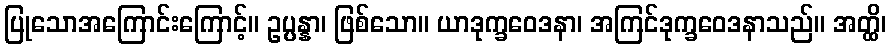
ပြုသောအကြောင်းကြောင့်။ ဥပ္ပန္နာ၊ ဖြစ်သော။ ယာဒုက္ခဝေဒနာ၊ အကြင်ဒုက္ခဝေဒနာသည်။ အတ္ထိ၊